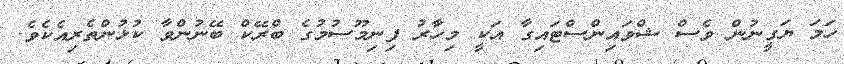
ހަމަ ޔަގީނުން ވެސް ޝްވައިންސްޓައިގާ އަކީ މިހާރު ފިނިމޫސުމުގެ ބްރޭކް ބޭނުންވާ ކުޅުންތެރިއެކެވެ.